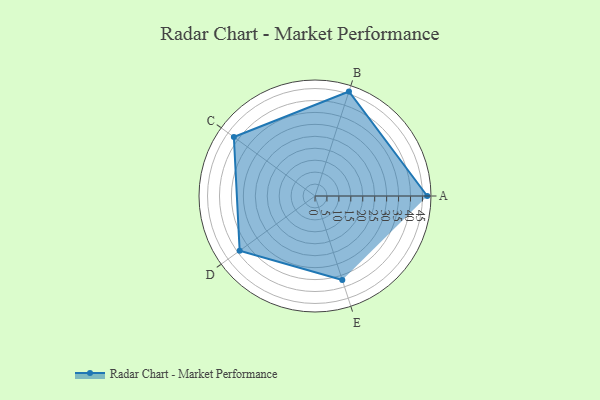
{"axis": {"x": "Skill", "y": "Score"}, "legend": ["Profile"], "data": [{"x": "A", "y": 47.0, "type": "Profile"}, {"x": "B", "y": 46.0, "type": "Profile"}, {"x": "C", "y": 42.0, "type": "Profile"}, {"x": "D", "y": 39.0, "type": "Profile"}, {"x": "E", "y": 37.0, "type": "Profile"}]}